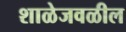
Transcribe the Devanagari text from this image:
शाळेजवळील